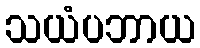
သယံပဘာယ